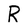
Character: R